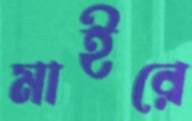
মাইরে